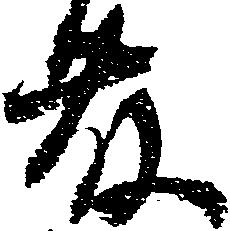
藤